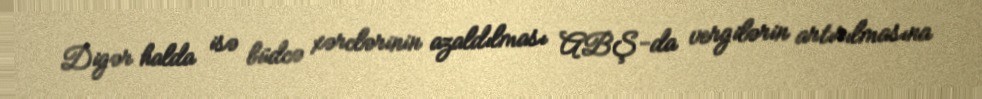
Digər halda isə büdcə xərclərinin azaldılması ABŞ-da vergilərin artırılmasına